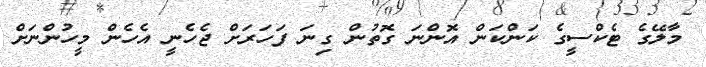
މާލޭގެ ޓެކްސީގެ ކަންކަން އޮންނަ ގޮތުން ގިނަ ފަހަރަށް ޖެހެނީ އެހެން މީހުންނަށް